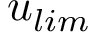
u _ { l i m }